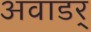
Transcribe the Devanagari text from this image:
अवाडर्